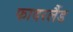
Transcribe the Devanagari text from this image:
फादरलैंड